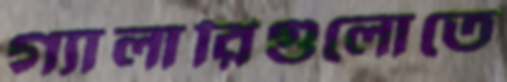
গ্যালারিগুলোতে